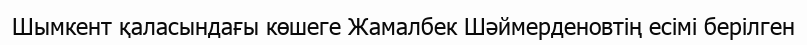
Шымкент қаласындағы көшеге Жамалбек Шәймерденовтің есімі берілген